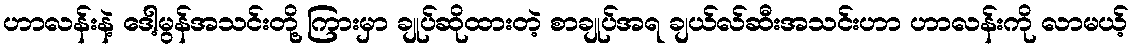
ဟာလန်းနဲ့ ဒေါ့မွန်အသင်းတို့ ကြားမှာ ချုပ်ဆိုထားတဲ့ စာချုပ်အရ ချယ်လ်ဆီးအသင်းဟာ ဟာလန်းကို လာမယ့်